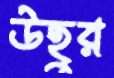
উহুর